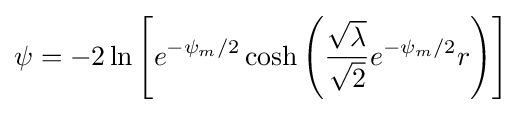
\psi =-2\ln \left[e^{-\psi _{m}/2}\cosh \left({\frac {\sqrt {\lambda }}{\sqrt {2}}}e^{-\psi _{m}/2}r\right)\right]